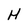
Character: H